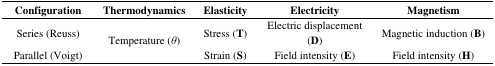
| Configuration | Thermodynamics | Elasticity | Electricity | Magnetism |
 | --- | --- | --- | --- | --- |
 | Series (Reuss) | <ROWSPAN=2> Temperature (θ) | Stress (T) | Electric displacement (D) | Magnetic induction (B) |
 | Parallel (Voigt) | Strain (S) | Field intensity (E) | Field intensity (H) |